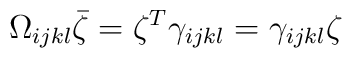
\Omega_{ijkl}\bar{\zeta}=\zeta^{T}\gamma_{ijkl}=\gamma_{ijkl}\zeta